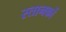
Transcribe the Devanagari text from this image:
स्तानकों